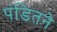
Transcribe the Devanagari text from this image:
पंडितने